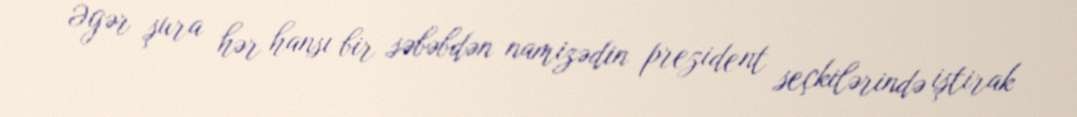
Əgər şura hər hansı bir səbəbdən namizədin prezident seçkilərində iştirak